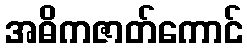
အဓိကဇာတ်ကောင်